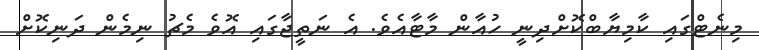
މިނެޓްގައި ކާމިޔާބްކޮށްދިނީ ހުއާން މާޓާއެވެ. އެ ނަތީޖާގައި އޮވެ މެޗު ނިމެން ދަނިކޮށް